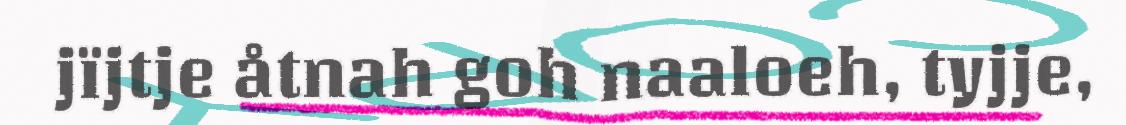
jïjtje åtnah goh naaloeh, tyjje,